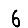
Digit: 6